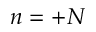
n = + N